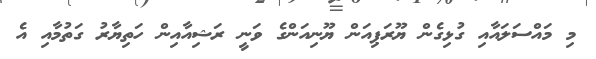
މި މައްސަލައާއި ގުޅިގެން ޔޫރަޕިއަން ޔޫނިއަންގެ ވަނީ ރަޝިއާއިން ހަތިޔާރު ގަތުމާއި އެ